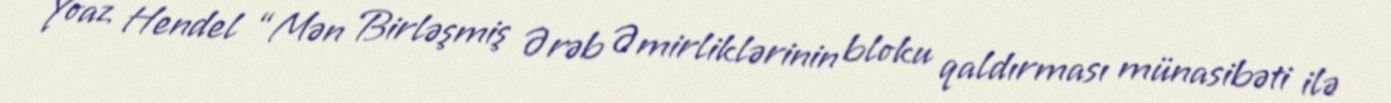
Yoaz Hendel “Mən Birləşmiş Ərəb Əmirliklərinin bloku qaldırması münasibəti ilə